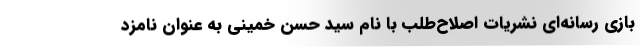
بازی رسانه‌ای نشریات اصلاح‌طلب با نام سید حسن خمینی به عنوان نامزد